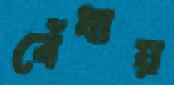
বেঁধায়